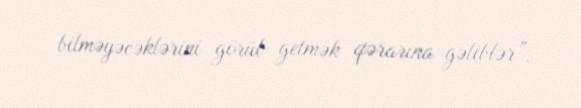
bilməyəcəklərini görüb getmək qərarına gəliblər”.